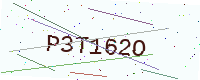
Text: P3T162O